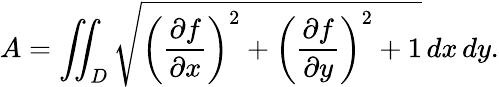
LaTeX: A=\iint_{D}{\sqrt{\left({\frac{\partial f}{\partial x}}\right)^{2}+\left({\frac{\partial f}{\partial y}}\right)^{2}+1}}\, dx\, dy.